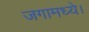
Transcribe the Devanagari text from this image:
जगामध्ये।